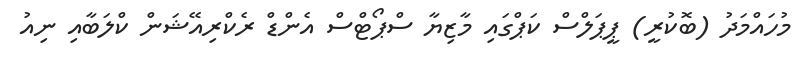
މުހައްމަދު (ބޮކުރީ) ޕީޕަލްސް ކަޕްގައި މާޒިޔާ ސްޕޯޓްސް އެންޑް ރެކްރިއޭޝަން ކްލަބާއި ނިއު